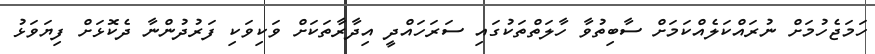
ހަމަޖެހުމަށް ނުރައްކަލެއްކަމަށް ސާބިތުވާ ހާލަތްތަކުގައި ސަރަހައްދީ އިދާރާތަކަށް ވަކިވަކި ފަރުދުންނާ ދެކޮޅަށް ފިޔަވަޅު